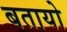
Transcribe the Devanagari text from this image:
बतायो